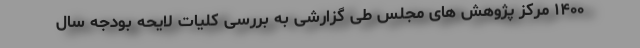
۱۴۰۰ مرکز پژوهش های مجلس طی گزارشی به بررسی کلیات لایحه بودجه سال